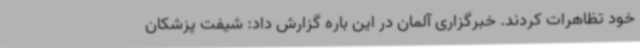
خود تظاهرات کردند. خبرگزاری آلمان در این باره گزارش داد: شیفت پزشکان